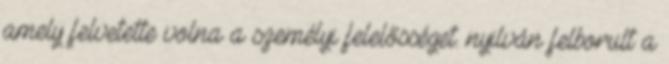
amely felvetette volna a személyi felelősséget. nyilván felborult a